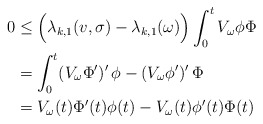
\begin{align*}0 &\le \Big( \lambda_{k,1}(v,\sigma) - \lambda_{k,1}(\omega) \Big) \int_{0}^t V_\omega \phi \Phi \\& = \int_{0}^t (V_\omega \Phi')' \, \phi -(V_\omega \phi')' \, \Phi \\&= V_\omega(t) \Phi'(t) \phi(t) - V_\omega(t) \phi'(t) \Phi(t) \\\end{align*}